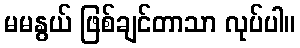
မမနွယ် ဖြစ်ချင်တာသာ လုပ်ပါ။